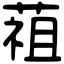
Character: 䔃